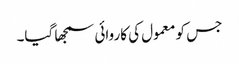
جس کو معمول کی کاروائی سمجھا گیا۔